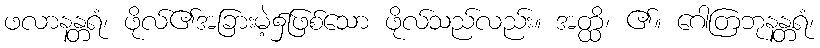
ဖလာနန္တရံ၊ ဖိုလ်၏အခြားမဲ့၌ဖြစ်သော ဖိုလ်သည်လည်း။ အတ္ထိ၊ ၏။ ဂေါတြဘုနန္တရံ၊